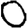
Digit: 0